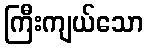
ကြီးကျယ်သော